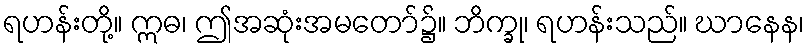
ရဟန်းတို့။ ဣဓ၊ ဤအဆုံးအမတော်၌။ ဘိက္ခု၊ ရဟန်းသည်။ ဃာနေန၊